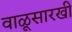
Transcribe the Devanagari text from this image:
वाळूसारखी